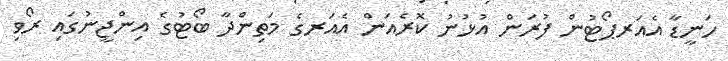
ހަނީޑާ އެއަރޕޯޓުން ފުރަން އުޅުނު ކޮރެއަން އެއަރގެ މަތިންދާ ބޯޓުގެ އިންޖީނުގައި ރޯވި